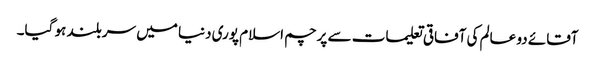
آقائے دو عالم کی آفاقی تعلیمات سے پرچم اسلام پوری دنیا میں سربلند ہو گیا۔